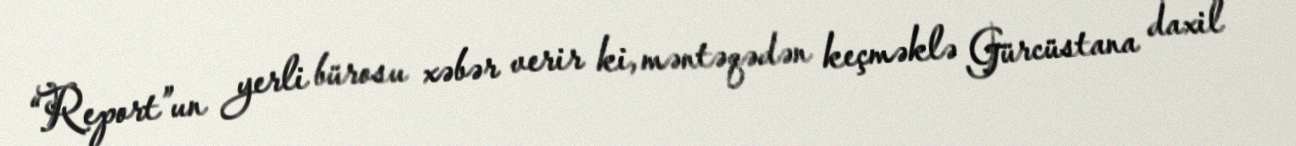
“Report”un yerli bürosu xəbər verir ki, məntəqədən keçməklə Gürcüstana daxil